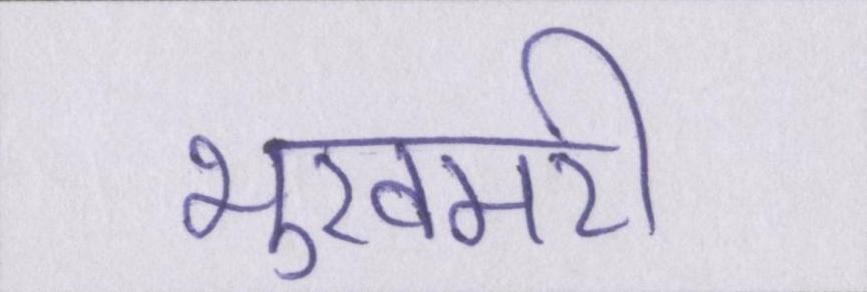
भुखमरी